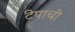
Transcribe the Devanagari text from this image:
टेपाची